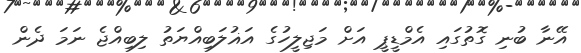
އޭނާ ބުނި ގޮތުގައި އެމްޑީޕީ އަށް މަޖިލީހުގެ އަޣުލަބިއްޔަތު ލިބިއްޖެ ނަމަ ދެން